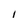
Character: I